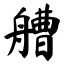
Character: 艚